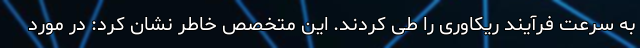
به سرعت فرآیند ریکاوری را طی کردند. این متخصص خاطر نشان کرد: در مورد